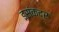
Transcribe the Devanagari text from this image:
इसंकदर